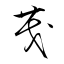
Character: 茂